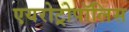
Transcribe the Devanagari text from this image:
एयरोट्रोपॉलिस